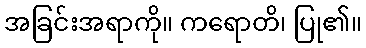
အခြင်းအရာကို။ ကရောတိ၊ ပြု၏။